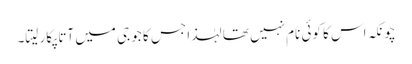
چونکہ اس کا کوئی نام نہیں تھا لہٰذا جس کا جو جی میں آتا پکار لیتا۔